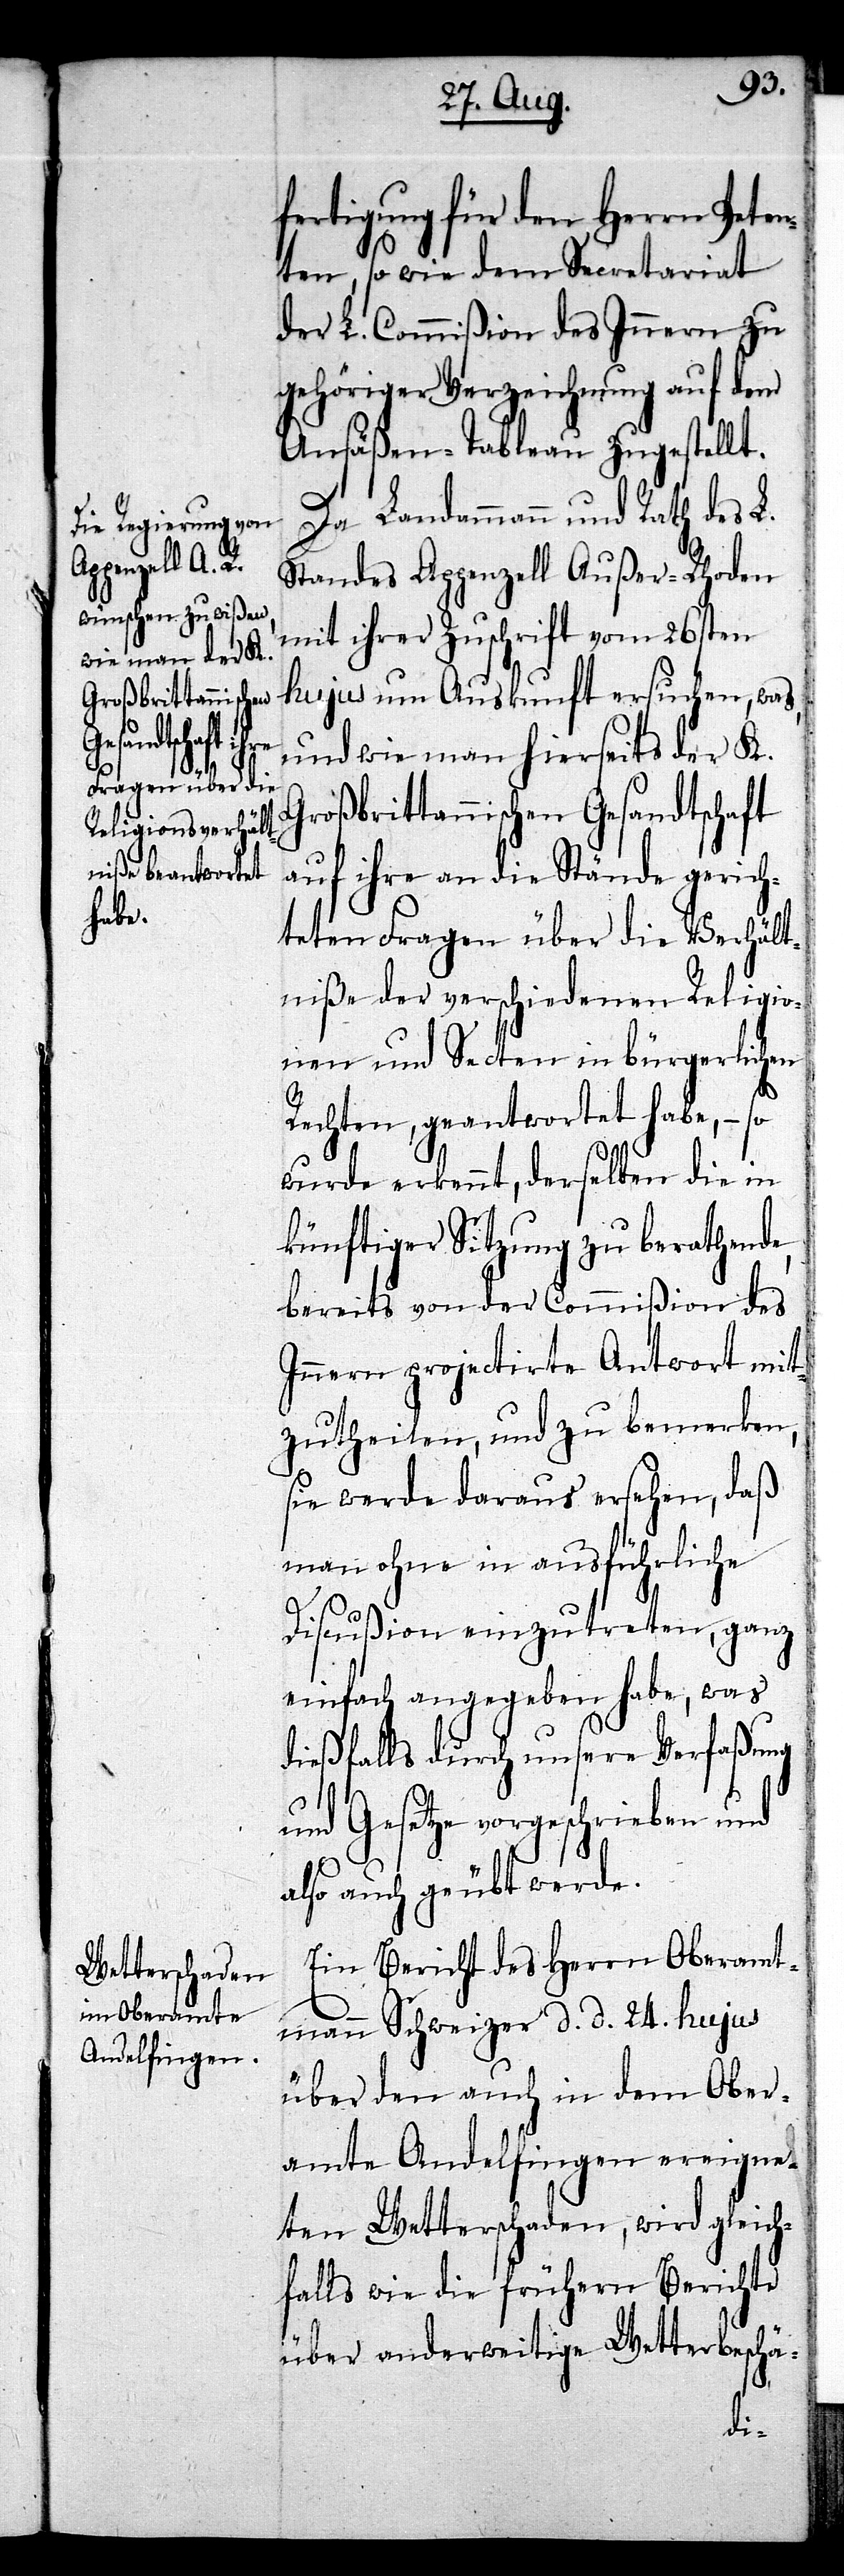
fertigung für den Herrn Peten¬
ten, so wie dem Secretariat
der L. Commißion des Innern zu
gehöriger Verzeichnung auf dem
Ansäßen-Tableau zugestellt.
Da Landammann und Rath des L.
Standes Appenzell Außer-Rhoden
mit iher Zuschrift vom 26sten
hujus um Auskunft ersuchen, was,
und wie man hierseits der K.
Großbrittannischen Gesandtschaft
auf ihre an die Stände gerich¬
teten Fragen über die Verhält¬
niße der verschiedenen Religio¬
nen und Secten in bürgerlichen
Rechten, geantwortet habe, – so
wurde erkennt, derselben die in
künftiger Sitzung zu berathende,
bereits von der Commißion des
Innern projectirte Antwort mit¬
zutheilen, und zu bemerken,
sie werde daraus ersehen, daß
man ohne in ausführliche
Discußion einzutreten, ganz
einfach angegeben habe, was
dießfalls durch unsere Verfaßung
und Gesetze vorgeschrieben und
also auch geübt werde.
Ein Bericht des Herrn Oberamt¬
mann Schweizer d. d. 24. hujus
über den auch in dem Ober¬
amte Andelfingen ereigne¬
ten Wetterschaden, wird gleich¬
falls wie die frühern Berichte
über anderweitige Wetterbeschä-